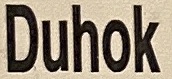
Duhok